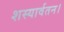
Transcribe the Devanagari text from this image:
शस्यार्वतन।